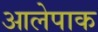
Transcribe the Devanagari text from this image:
आलेपाक